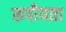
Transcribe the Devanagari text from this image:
रूपीयता